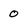
Character: 0